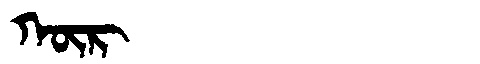
Manchu: ᡴᡡᡵ
Romanization: KŪR